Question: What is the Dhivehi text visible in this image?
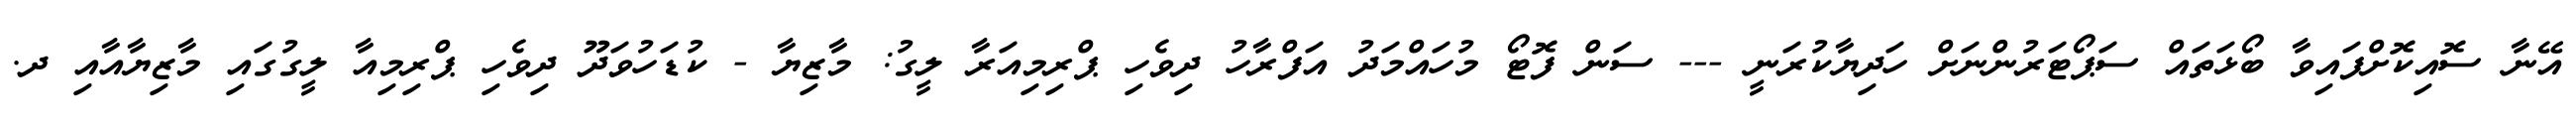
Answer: އޭނާ ސޮއިކޮށްފައިވާ ބޯޅަތައް ސަޕޯޓަރުންނަށް ހަދިޔާކުރަނީ --- ސަން ފޮޓޯ މުހައްމަދު އަފްރާހު ދިވެހި ޕްރިމިއަރާ ލީގު: މާޒިޔާ - ކުޑަހުވަދޫ ދިވެހި ޕްރިމިއާ ލީގުގައި މާޒިޔާއާއި ދ.